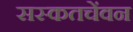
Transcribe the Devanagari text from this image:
सस्कतचेंवन